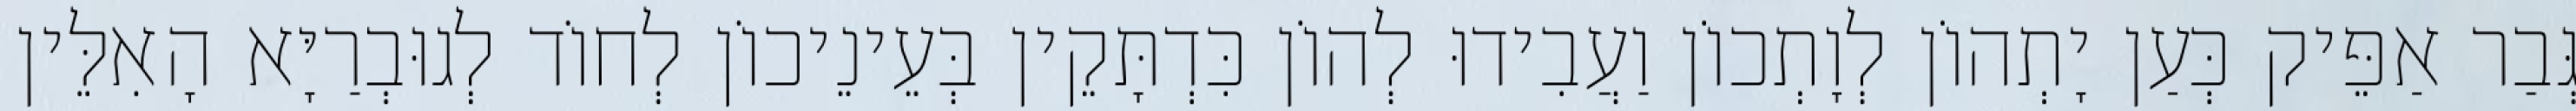
גְּבַר אַפֵּיק כְּעַן יָתְהוֹן לְוָתְכוֹן וַעֲבִידוּ לְהוֹן כִּדְתָּקֵין בְּעֵינֵיכוֹן לְחוֹד לְגוּבְרַיָּא הָאִלֵּין